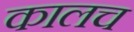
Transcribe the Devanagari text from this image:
कालच